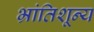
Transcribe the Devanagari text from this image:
भ्रांतिशून्य